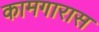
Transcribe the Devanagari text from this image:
कामगारास